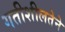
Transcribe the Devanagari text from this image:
गतीशीलतेने